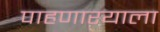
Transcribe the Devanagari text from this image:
पाहणाऱ्याला